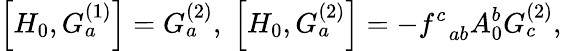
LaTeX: \left[H_{0},G_{a}^{(1)}\right]=G_{a}^{(2)},\; \left[H_{0},G_{a}^{(2)}\right]=-f_{\; \; ab}^{c}A_{0}^{b}G_{c}^{(2)},